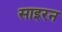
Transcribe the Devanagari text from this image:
साइरन